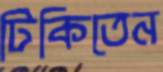
টিকিতেন